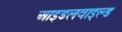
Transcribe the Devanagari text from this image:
आइडलवाइल्ड